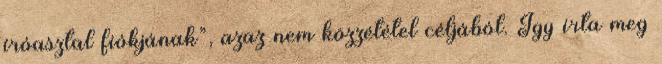
íróasztal fiókjának”, azaz nem közzététel céljából. Így írta meg